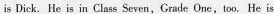
is Dick. He is in Class Seven,Grade One,too. He is